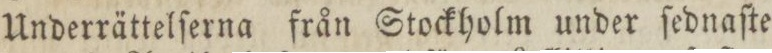
Underrättelſerna från Stockholm under ſednaſte